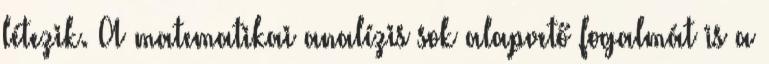
létezik. A matematikai analízis sok alapvető fogalmát is a